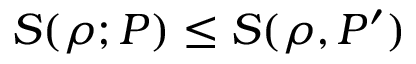
S ( \rho ; P ) \le S ( \rho , P ^ { \prime } )